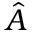
\hat { A }